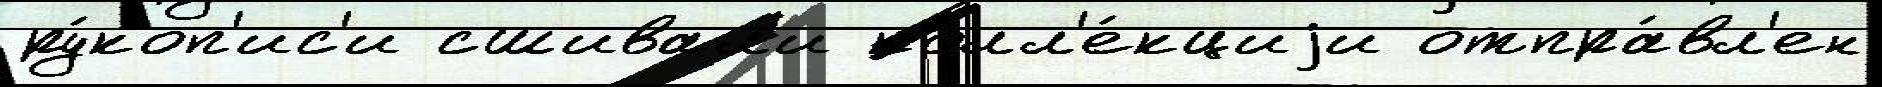
ру́коп'ис'и сшивал'и колл'е́кциjи отпра́вл'ен